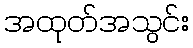
အထုတ်အသွင်း